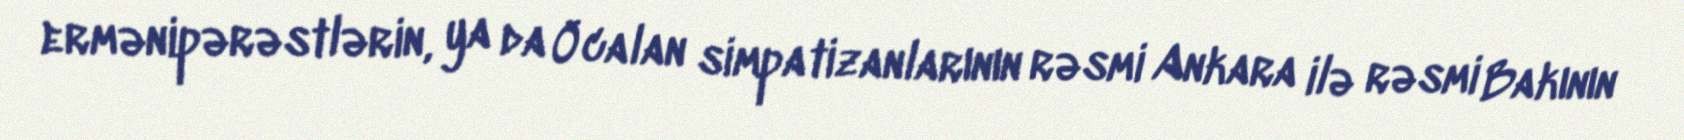
ermənipərəstlərin, ya da Öcalan simpatizanlarının rəsmi Ankara ilə rəsmi Bakının